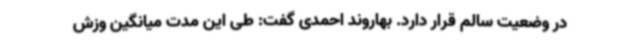
در وضعیت سالم قرار دارد. بهاروند احمدی گفت: طی این مدت میانگین وزش